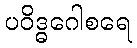
ပဝိဒ္ဓဂေါစရေ